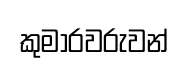
කුමාරවරුවන්